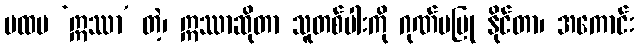
ပထမ ‘ဣဿာ’ တဲ့၊ ဣဿာဆိုတာ သူတစ်ပါးကို ဂုဏ်မပြု နိုင်တာ၊ အကောင်း